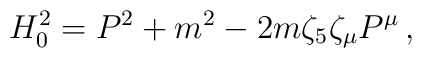
H_0^2=P^2 + m^2 - 2m\zeta_5\zeta_\mu P^\mu\,,